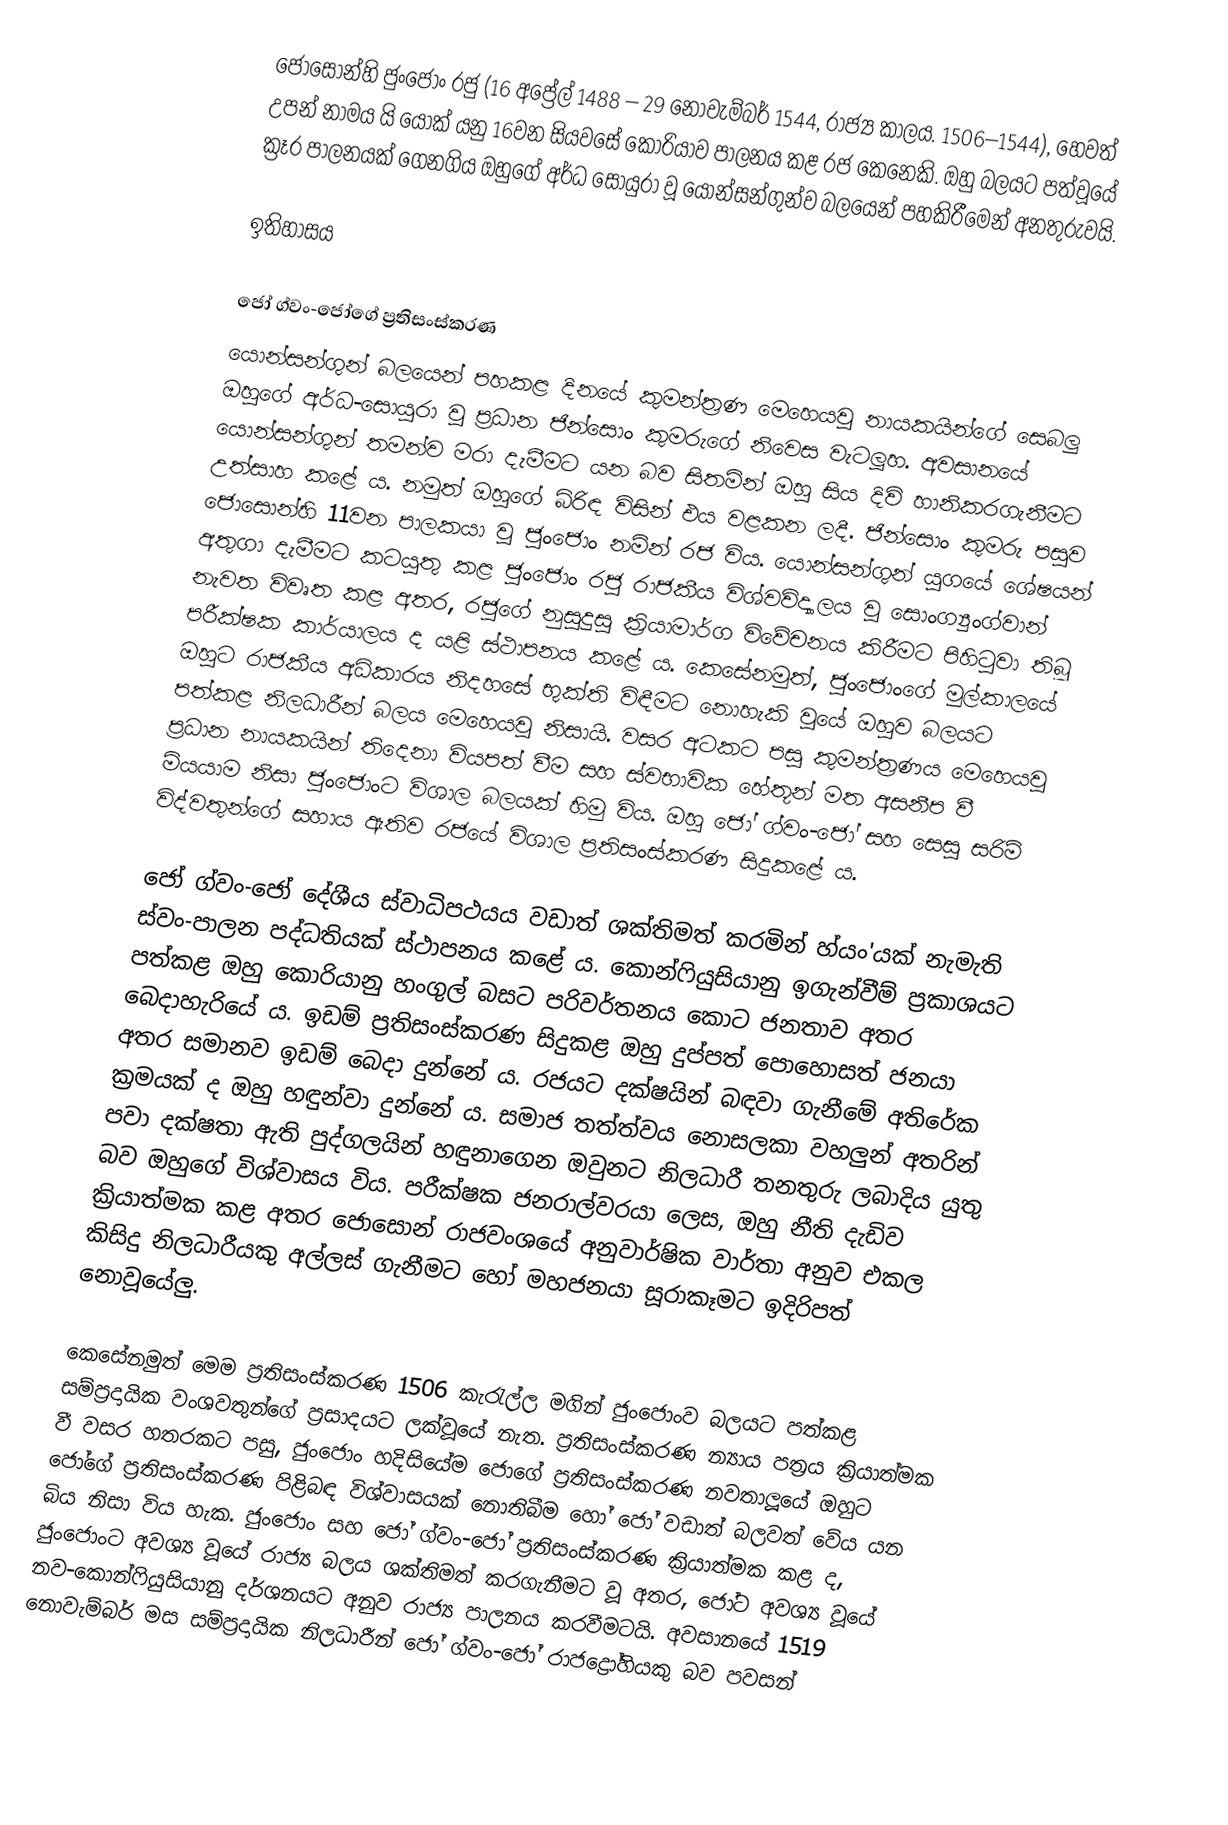
ජොසොන්හි ජුංජොං රජු (16 අප්‍රේල් 1488 – 29 නොවැම්බර් 1544, රාජ්‍ය කාලය. 1506–1544), හෙවත් උපන් නාමය යි යොක් යනු 16වන සියවසේ කොරියාව පාලනය කළ රජ කෙනෙකි. ඔහු බලයට පත්වූයේ ක්‍රෑර පාලනයක් ගෙනගිය ඔහුගේ අර්ධ සොයුරා වූ යොන්සන්ගුන්ව බලයෙන් පහකිරීමෙන් අනතුරුවයි.

ඉතිහාසය

ජෝ ග්වං-ජෝගේ ප්‍රතිසංස්කරණ
යොන්සන්ගුන් බලයෙන් පහකළ දිනයේ කුමන්ත්‍රණ මෙහෙයවූ නායකයින්ගේ සෙබලු ඔහුගේ අර්ධ-සොයුරා වූ ප්‍රධාන ජින්සොං කුමරුගේ නිවෙස වැටලූහ. අවසානයේ යොන්සන්ගුන් තමන්ව මරා දැමීමට යන බව සිතමින් ඔහු සිය දිවි හානිකරගැනීමට උත්සාහ කළේ ය. නමුත් ඔහුගේ බිරිඳ විසින් එය වළකන ලදී. ජින්සොං කුමරු පසුව ජොසොන්හි 11වන පාලකයා වූ ජුංජොං නමින් රජ විය. යොන්සන්ගුන් යුගයේ ශේෂයන් අතුගා දැමීමට කටයුතු කළ ජුංජොං රජු රාජකීය විශ්වවිද්‍යාලය වූ සොංග්‍යුංග්වාන් නැවත විවෘත කළ අතර, රජුගේ නුසුදුසු ක්‍රියාමාර්ග විවේචනය කිරීමට පිහිටුවා තිබූ පරීක්ෂක කාර්යාලය ද යළි ස්ථාපනය කළේ ය. කෙසේනමුත්, ජුංජොංගේ මුල්කාලයේ ඔහුට රාජකීය අධිකාරය නිදහසේ භුක්ති විඳීමට නොහැකි වූයේ ඔහුව බලයට පත්කළ නිලධාරීන් බලය මෙහෙයවූ නිසායි. වසර අටකට පසු කුමන්ත්‍රණය මෙහෙයවූ ප්‍රධාන නායකයින් තිදෙනා වියපත් වීම සහ ස්වභාවික හේතූන් මත අසනීප වී මියයාම නිසා ජුංජොංට විශාල බලයක් හිමු විය. ඔහු ජෝ ග්වං-ජෝ සහ සෙසු සරිම් විද්වතුන්ගේ සහාය ඇතිව රජයේ විශාල ප්‍රතිසංස්කරණ සිදුකළේ ය.

ජෝ ග්වං-ජෝ දේශීය ස්වාධිපථයය වඩාත් ශක්තිමත් කරමින් හ්යං'යක් නැමැති ස්වං-පාලන පද්ධතියක් ස්ථාපනය ‍කළේ ය. කොන්ෆියුසියානු ඉගැන්වීම් ප්‍රකාශයට පත්කළ ඔහු කොරියානු හංගුල් බසට පරිවර්තනය කොට ජනතාව අතර බෙදාහැරියේ ය. ඉඩම් ප්‍රතිසංස්කරණ සිදුකළ ඔහු දුප්පත් පොහොසත් ජනයා අතර සමානව ඉඩම් බෙදා දුන්නේ ය. රජයට දක්ෂයින් බඳවා ගැනීමේ අතිරේක ක්‍රමයක් ද ඔහු හඳුන්වා දුන්නේ ය. සමාජ තත්ත්වය නොසලකා වහලුන් අතරින් පවා දක්ෂතා ඇති පුද්ගලයින් හඳුනාගෙන ඔවුනට නිලධාරී තනතුරු ලබාදිය යුතු බව ඔහුගේ විශ්වාසය විය. පරීක්ෂක ජනරාල්වරයා ලෙස, ඔහු නීති දැඩිව ක්‍රියාත්මක කළ අතර ජොසොන් රාජවංශයේ අනුවාර්ෂික වාර්තා අනුව එකල කිසිදු නිලධාරීයකු අල්ලස් ගැනීමට හෝ මහජනයා සූරාකෑමට ඉදිරිපත් නොවූයේලු.

කෙසේනමුත් මෙම ප්‍රතිසංස්කරණ 1506 කැරැල්ල මගින් ජුංජොංව බලයට පත්කළ සම්ප්‍රදායික වංශවතුන්ගේ ප්‍රසාදයට ලක්වූයේ නැත. ප්‍රතිසංස්කරණ න්‍යාය පත්‍රය ක්‍රියාත්මක වී වසර හතරකට පසු, ජුංජොං හදිසියේම ජොගේ ප්‍රතිසංස්කරණ නවතාලූයේ ඔහුට ජෝගේ ප්‍රතිසංස්කරණ පිළිබඳ විශ්වාසයක් නොතිබීම හෝ ජෝ වඩාත් බලවත් වේය යන බිය නිසා විය හැක. ජුංජොං සහ ජෝ ග්වං-ජෝ ප්‍රතිසංස්කරණ ක්‍රියාත්මක කළ ද, ජුංජොංට අවශ්‍ය වූයේ රාජ්‍ය බලය ශක්තිමත් කරගැනීමට වූ අතර, ජෝට අවශ්‍ය වූයේ නව-කොන්ෆියුසියානු දර්ශනයට අනුව රාජ්‍ය පාලනය කරවීමටයි. අවසානයේ 1519 නොවැම්බර් මස සම්ප්‍රදායික නිලධාරීන් ජෝ ග්වං-ජෝ රාජද්‍රෝහියකු බව පවසන්